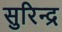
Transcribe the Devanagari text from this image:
सुरिन्द्र